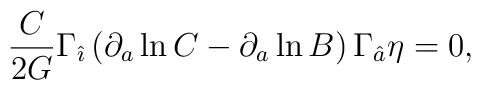
{C\over 2 G}\Gamma_{\hat{\imath}}\left( \partial_a \ln C-\partial_a \ln B\right)\Gamma_{\hat{a}} \eta=0,